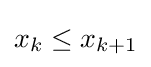
x_{k}\leq x_{k+1}